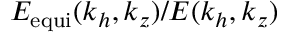
E _ { \mathrm { e q u i } } ( k _ { h } , k _ { z } ) / E ( k _ { h } , k _ { z } )